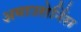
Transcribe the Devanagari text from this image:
अमाउरोर्निस